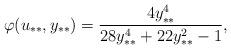
LaTeX: \begin{align*}\varphi(u_{**},y_{**}) = \frac{4y_{**}^4}{28y_{**}^4+22y_{**}^2-1},\end{align*}